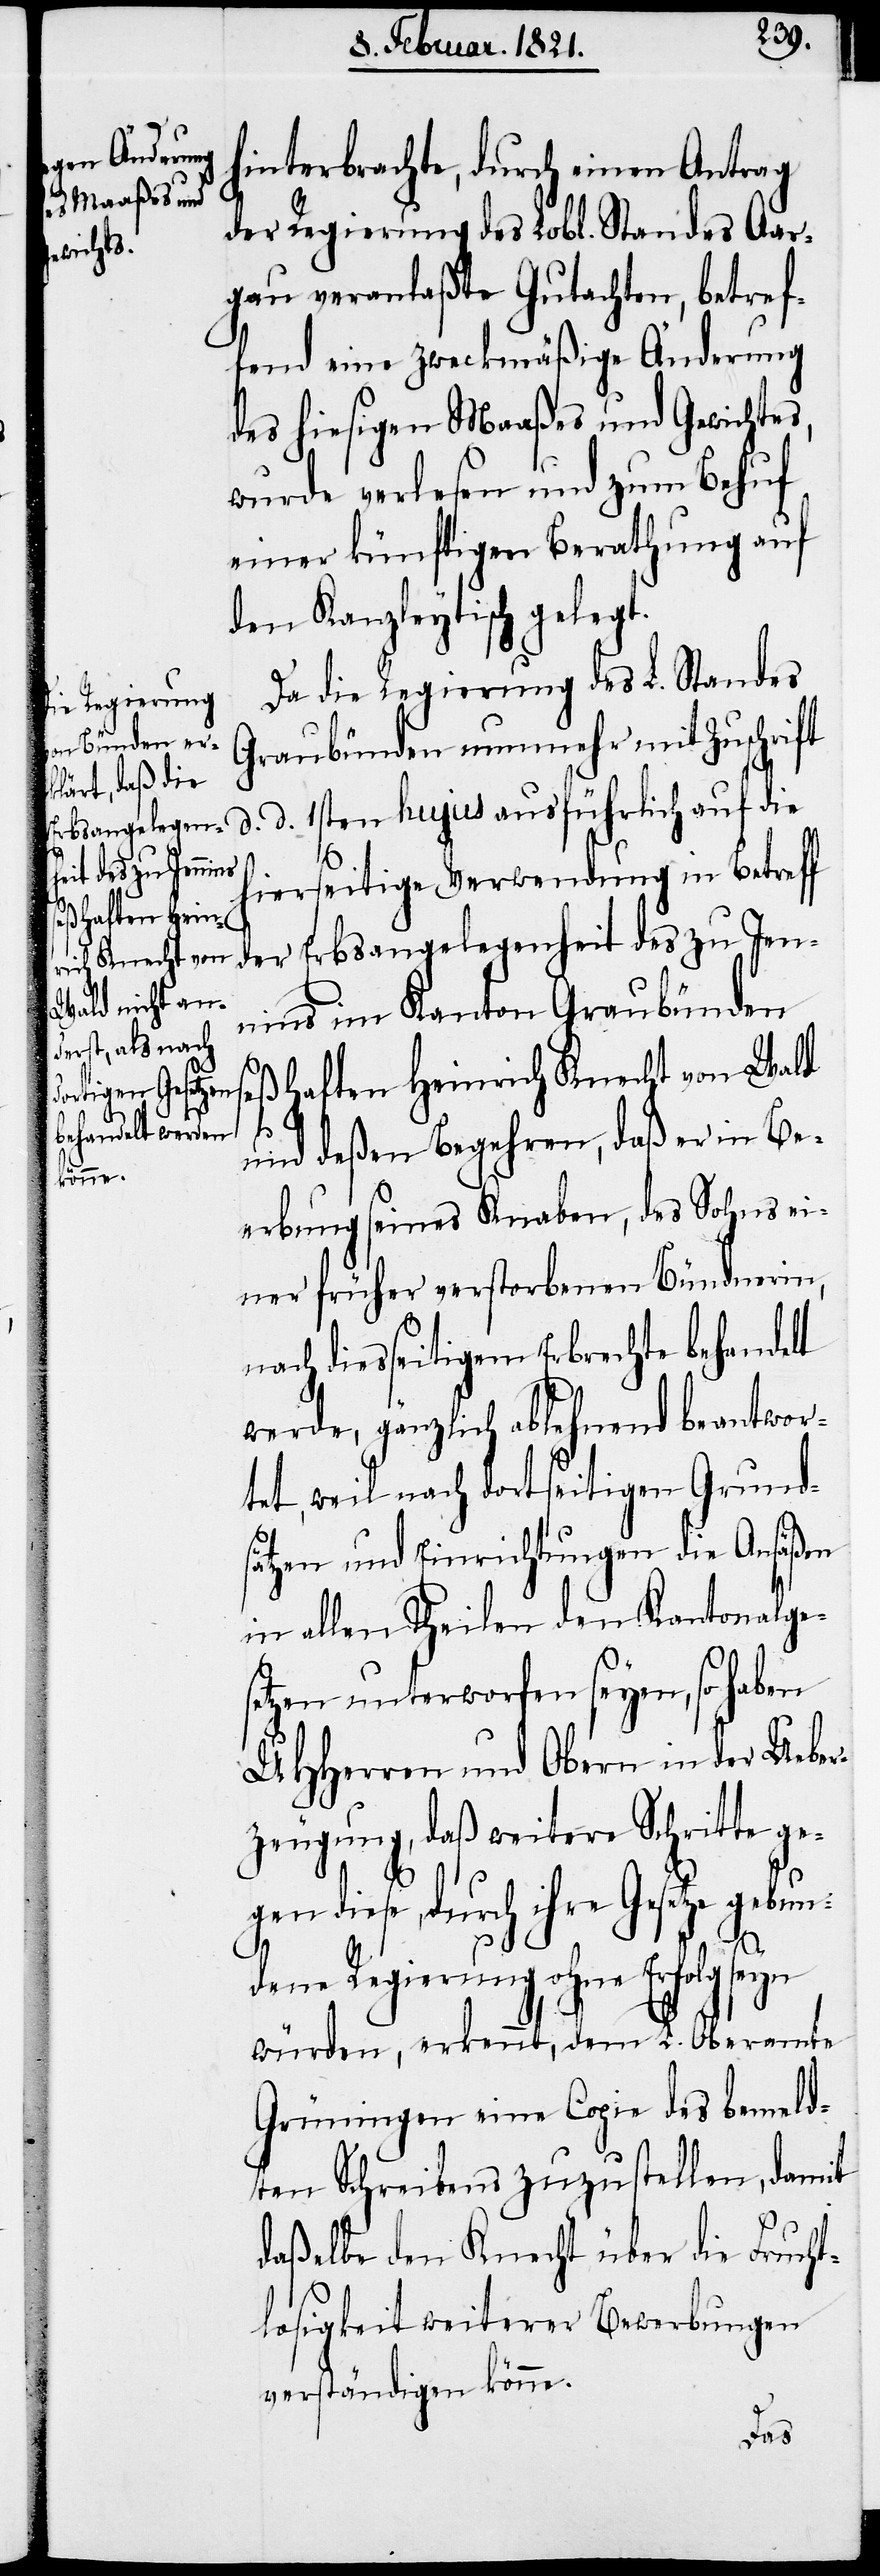
hinterbrachte, durch einen Antrag
der Regierung des Lobl. Standes Aar¬
gau veranlaßte Gutachten, betref¬
fend eine zweckmäßige Änderung
des hiesigen Maaßes und Gewichtes,
wurde verlesen und zum Behuf
einer künftigen Berathung auf
den Kanzleytisch gelegt.
Da die Regierung des L. Standes
Graubünden nunmehr mit Zuschrift
d. d. 1sten hujus ausführlich auf die
hierseitige Verwendung in Betreff
der Erbsangelegenheit des zu Jen¬
nins im Kanton Graubünden
seßhaften Heinrich Knecht von Wald
und deßen Begehren, daß er in Be¬
erbung seines Knaben, des Sohnes ei¬
ner früher verstorbenen Bündnerin,
nach diesseitigem Erbrechte behandelt
werde, gänzlich ablehnend beantwor¬
tet, weil nach dortseitigen Grund¬
sätzen und Einrichtungen die Ansäßen
in allen Theilen den Kantonalge¬
setzen unterworfen seyen, so haben
UHHerren und Obern in der Ueber¬
zeugung, daß weitere Schritte ge¬
gen diese, durch ihre Gesetze gebun¬
dene Regierung ohne Erfolg seyn
würden, erkennt, dem L. Oberamte
Grüningen eine Copie des bemeld¬
ten Schreibens zuzustellen, damit
daßelbe den Knecht über die Frucht¬
losigkeit weiterer Bewerbungen
verständigen könne.